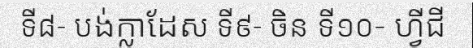
ទី៨- បង់ក្លាដែស ទី៩- ចិន ទី១០- ហ្វីជី